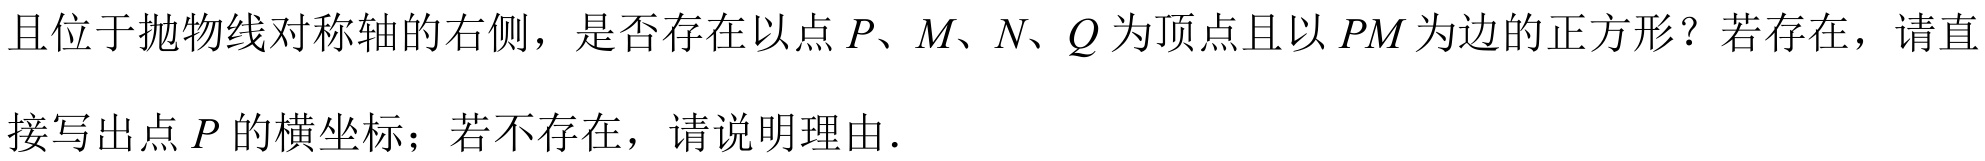
且位于抛物线对称轴的右侧，是否存在以点 \(P、M、N、Q\) 为顶点且以 \(PM\) 为边的正方形？若存在，请直接写出点 \(P\) 的横坐标；若不存在，请说明理由.